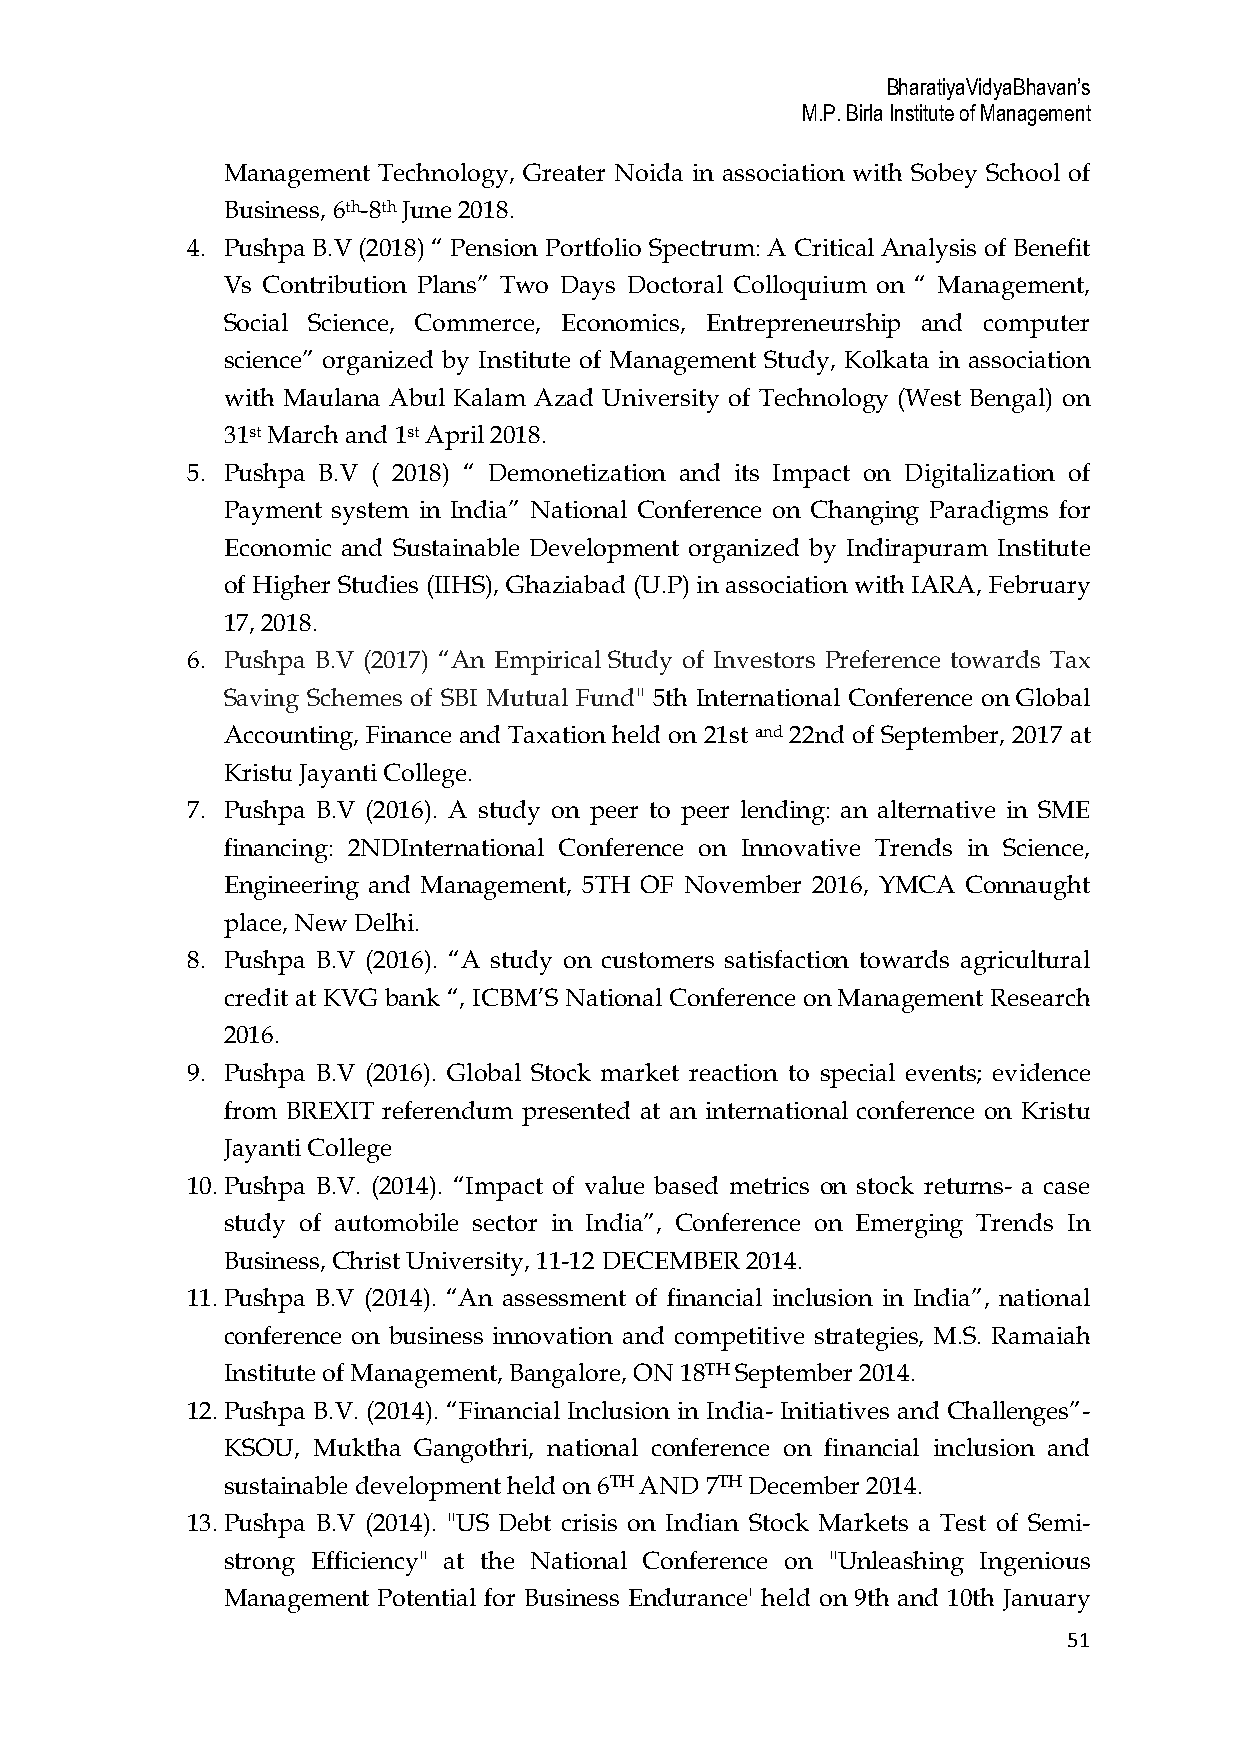
BharatiyaVidyaBhavan’s
 M.P. Birla Institute of Management
 Management Technology, Greater Noida in association with Sobey School of
 Business, 6th-8th June 2018.
 4. Pushpa B.V (2018) “ Pension Portfolio Spectrum: A Critical Analysis of Benefit
 Vs Contribution Plans” Two Days Doctoral Colloquium on “ Management,
 Social Science, Commerce, Economics, Entrepreneurship and computer
 science” organized by Institute of Management Study, Kolkata in association
 with Maulana Abul Kalam Azad University of Technology (West Bengal) on
 31st March and 1st April 2018.
 5. Pushpa B.V ( 2018) “ Demonetization and its Impact on Digitalization of
 Payment system in India” National Conference on Changing Paradigms for
 Economic and Sustainable Development organized by Indirapuram Institute
 of Higher Studies (IIHS), Ghaziabad (U.P) in association with IARA, February
 17, 2018.
 6. Pushpa B.V (2017) “An Empirical Study of Investors Preference towards Tax
 Saving Schemes of SBI Mutual Fund" 5th International Conference on Global
 Accounting, Finance and Taxation held on 21st and 22nd of September, 2017 at
 Kristu Jayanti College.
 7. Pushpa B.V (2016). A study on peer to peer lending: an alternative in SME
 financing: 2NDInternational Conference on Innovative Trends in Science,
 Engineering and Management, 5TH OF November 2016, YMCA Connaught
 place, New Delhi.
 8. Pushpa B.V (2016). “A study on customers satisfaction towards agricultural
 credit at KVG bank “, ICBM’S National Conference on Management Research
 2016.
 9. Pushpa B.V (2016). Global Stock market reaction to special events; evidence
 from BREXIT referendum presented at an international conference on Kristu
 Jayanti College
 10.Pushpa B.V. (2014). “Impact of value based metrics on stock returns- a case
 study of automobile sector in India”, Conference on Emerging Trends In
 Business, Christ University, 11-12 DECEMBER 2014.
 11.Pushpa B.V (2014). “An assessment of financial inclusion in India”, national
 conference on business innovation and competitive strategies, M.S. Ramaiah
 Institute of Management, Bangalore, ON 18TH September 2014.
 12.Pushpa B.V. (2014). “Financial Inclusion in India- Initiatives and Challenges”-
 KSOU, Muktha Gangothri, national conference on financial inclusion and
 sustainable development held on 6TH AND 7TH December 2014.
 13.Pushpa B.V (2014). "US Debt crisis on Indian Stock Markets a Test of Semi-
 strong Efficiency" at the National Conference on "Unleashing Ingenious
 Management Potential for Business Endurance' held on 9th and 10th January
 51